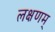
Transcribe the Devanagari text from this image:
लक्षणम्